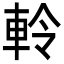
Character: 軨